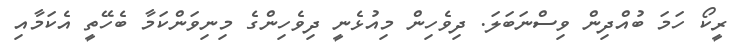
ރީކޯ ހަމަ ބުއްދިން ވިސްނަބަލަ. ދިވެހިން މިއުޅެނީ ދިވެހިންގެ މިނިވަންކަމާ ބެހޭތީ އެކަމާއި